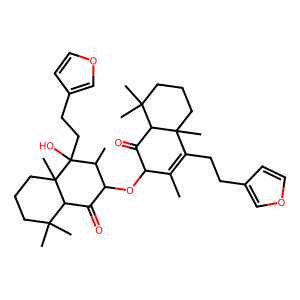
SMILES: CC1=C(CCc2ccoc2)C2(C)CCCC(C)(C)C2C(=O)C1OC1C(=O)C2C(C)(C)CCCC2(C)C(O)(CCc2ccoc2)C1C
Inhibits HIV replication: No